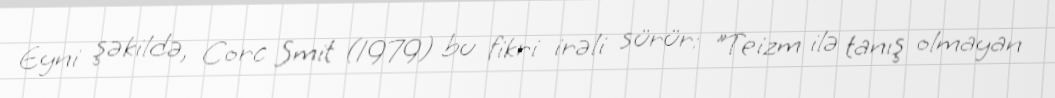
Eyni şəkildə, Corc Smit (1979) bu fikri irəli sürür: "Teizm ilə tanış olmayan